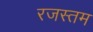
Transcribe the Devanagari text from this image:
रजस्तम